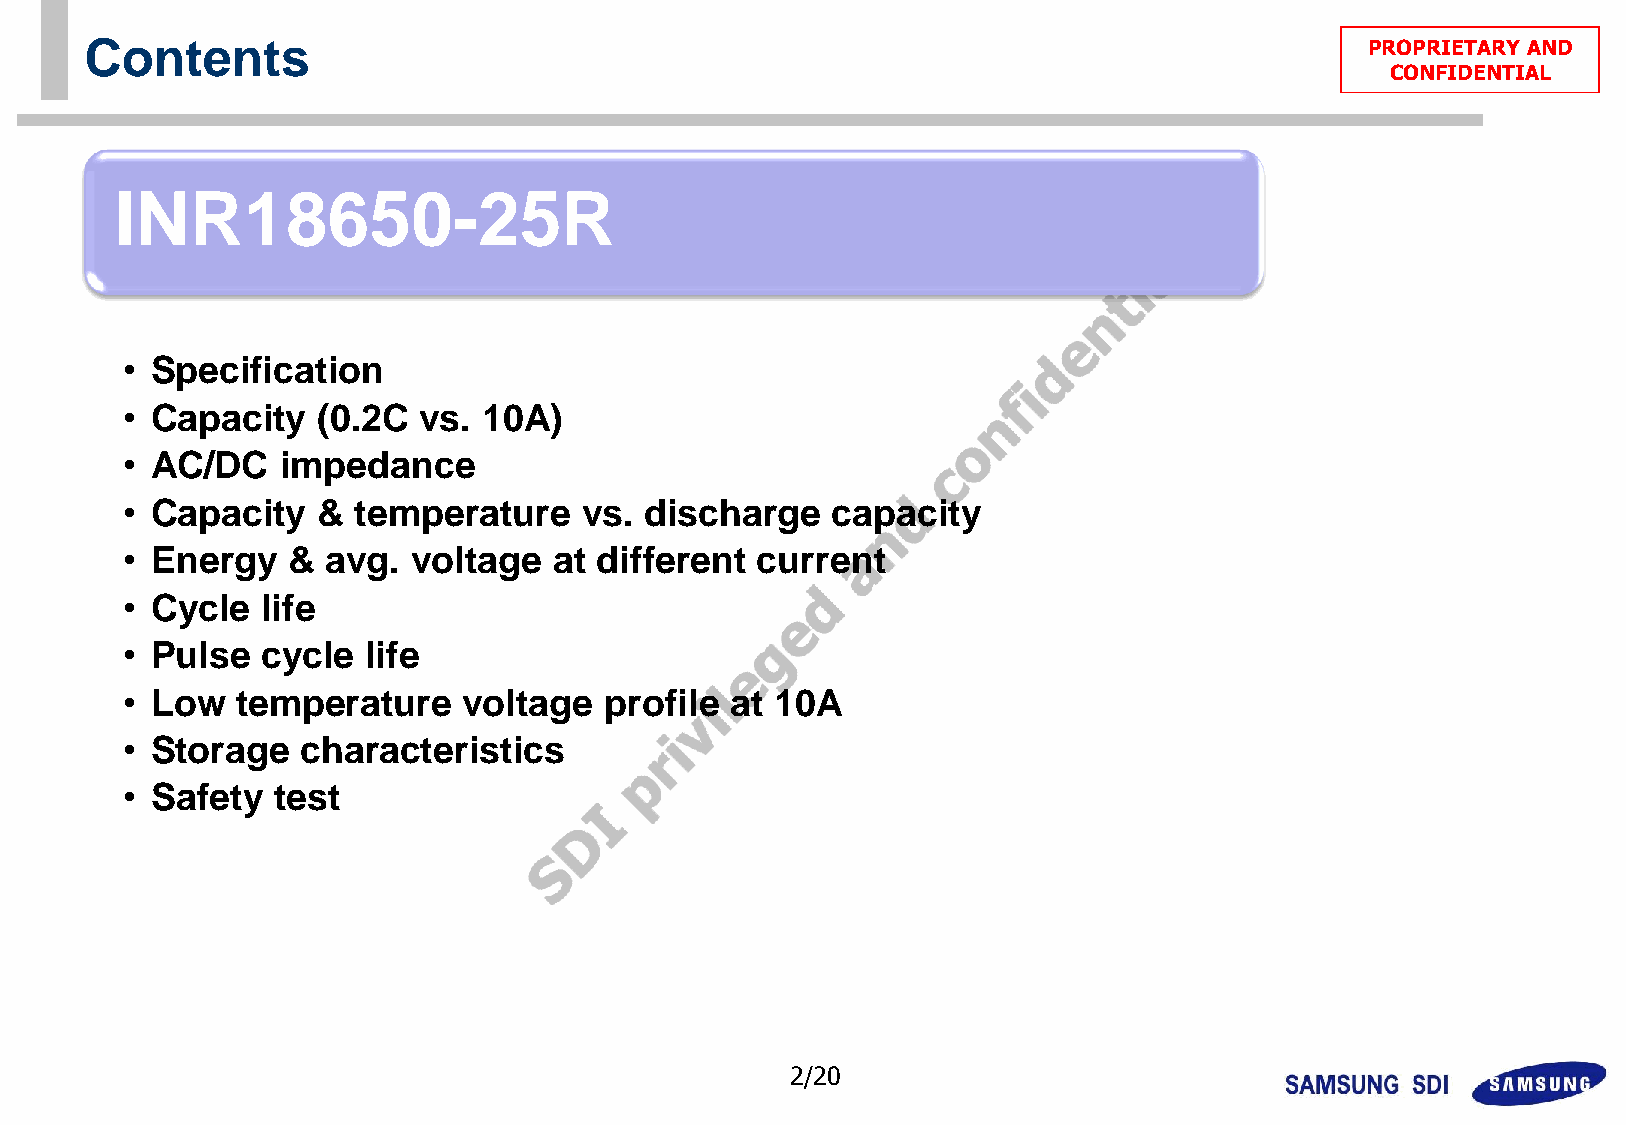
Contents                                                                            PPRROOPPRRIIEETTAARRYY AANNDD
 CCOONNFFIIDDEENNTTIIAALL
 INR18650-25R
 • Specification
 • Capacity   (0.2C  vs. 10A)
 • AC/DC    impedance
 • Capacity   & temperature     vs. discharge   capacity
 • Energy   &  avg. voltage   at different current
 • Cycle  life
 • Pulse  cycle  life
 • Low   temperature    voltage  profile at 10A
 • Storage   characteristics
 • Safety  test
 2/20